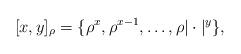
LaTeX: \begin{align*}[x,y]_\rho = \{\rho^{x}, \rho^{x-1}, \dots, \rho|\cdot|^y\},\end{align*}